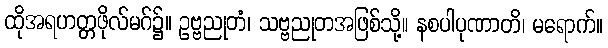
ထိုအရဟတ္တဖိုလ်မဂ်၌။ ဥဗ္ဗညုတံ၊ သဗ္ဗညုတအဖြစ်သို့။ နစပါပုဏာတိ၊ မရောက်။